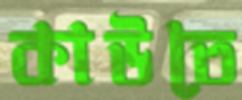
কাউতে